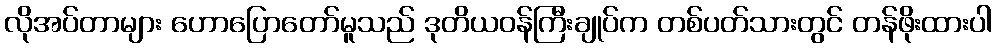
လိုအပ်တာများ ဟောပြောတော်မူသည် ဒုတိယဝန်ကြီးချုပ်က တစ်ပတ်သားတွင် တန်ဖိုးထားပါ